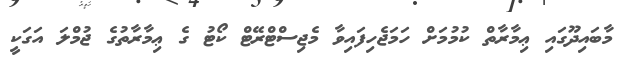
މާބައިދޫގައި ޢިމާރާތް ކުމުމަށް ހަމަޖެހިފައިވާ މެޖިސްޓްރޭޓް ކޯޓު ގެ ޢިމާރާތުގެ ޖުމްލަ އަގަކީ